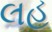
લહૂ